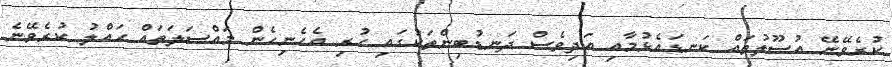
ކުރެވޭނޭ އުސޫލުތައް ކަނޑައެޅުމާއި އަދިވެސް ދަނޑުބިންތަކުގައި ހުރި އެހެނިހެން މައްސަލަތައް ހައްލު ކުރެވޭނެ